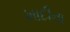
ખાદીના